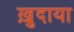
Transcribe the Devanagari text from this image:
ख़ु़दाया